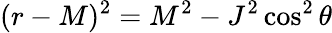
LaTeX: (r-M)^{2}=M^{2}-J^{2}\cos^{2}\theta